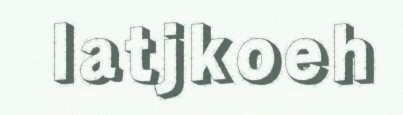
latjkoeh